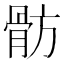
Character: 𩨣